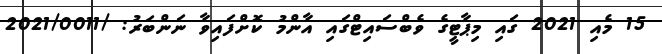
15 މެއި 2021 ގައި މިޕާޓީގެ ވެބްސައިޓްގައި އާންމު ކޮށްފައިވާ ނަންބަރު: /2021/0011